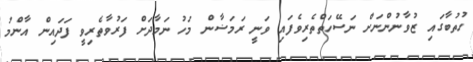
ހުތުބާގައި ޒުވާނުންނަށް ނަސޭހަތްތެރިވެފައި ވަނީ ރަމަޟާން މަހު ނަމާދަށް ފަރުވާތެރިވީ ފަދައިން އާންމު